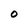
Character: 0